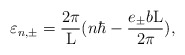
\begin{align*}\varepsilon_{n,{\pm }} = \frac{2\pi}{\rm L} (n{\hbar} - \frac{e_{\pm}b{\rm L}}{2\pi}),\end{align*}